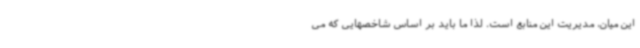
این میان، مدیریت این منابع است. لذا ما باید بر اساس شاخصهایی که می